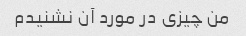
من چیزی در مورد آن نشنیدم